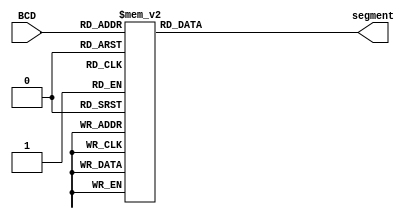
module DECODER (
    input[3:0] BCD,
    output reg [6:0] segment
);
    always @(*) begin
        case (BCD)
            0 : segment = ~ 7'b0111111;
            1 : segment = ~ 7'b0000110;
            2 : segment = ~ 7'b1011011;
            3 : segment = ~ 7'b1001111;
            4 : segment = ~ 7'b1100110;
            5 : segment = ~ 7'b1101101;
            6 : segment = ~ 7'b1111101;
            7 : segment = ~ 7'b0000111;
            8 : segment = ~ 7'b1111111;
            9 : segment = ~ 7'b1100111;  
            default: segment = 7'bx; 
        endcase
    end
endmodule